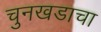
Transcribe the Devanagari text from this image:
चुनखडाचा